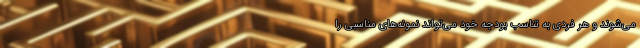
می‌شوند و هر فردی به تناسب بودجه خود می‌تواند نمونه‌های مناسبی را